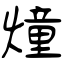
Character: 燑